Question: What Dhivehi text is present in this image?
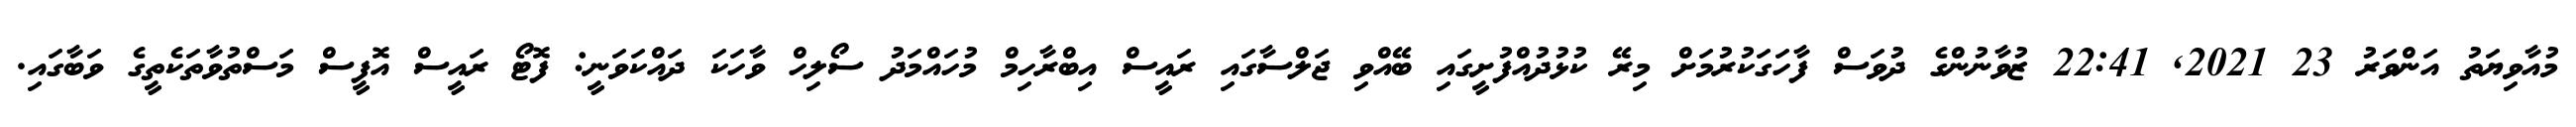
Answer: މުއާވިޔަތު އަންވަރު 23 2021, 22:41 ޒުވާނުންގެ ދުވަސް ފާހަގަކުރުމަށް މިރޭ ކުޅުދުއްފުށީގައި ބޭއްވި ޖަލްސާގައި ރައީސް އިބްރާހިމް މުހައްމަދު ސޯލިހް ވާހަކަ ދައްކަވަނީ: ފޮޓޯ ރައީސް އޮފީސް މަސްތުވާތަކެތީގެ ވަބާގައި.